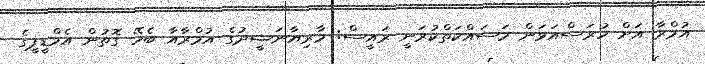
އުމްރާ އަށް ހުރަސްއަޅަން މަސައްކަތްކުރަނީ ރައީސް: މާރިޔާނަޝީދުގެ އުމްރާއާ ބެހޭ ގޮތުން އެމްޑީޕީގެ